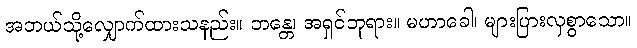
အဘယ်သို့လျှောက်ထားသနည်း။ ဘန္တေ၊ အရှင်ဘုရား။ မဟာခေါ၊ များပြားလှစွာသော။